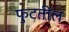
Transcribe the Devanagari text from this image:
फुटतील